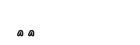
٣٦